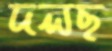
দলছ